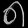
Digit: ၈